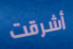
أشرقت